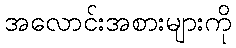
အလောင်းအစားများကို